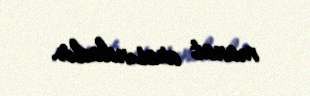
manat arasındadır.